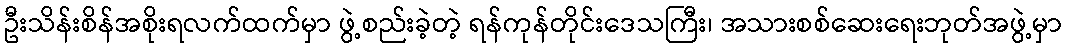
ဦးသိန်းစိန်အစိုးရလက်ထက်မှာ ဖွဲ့စည်းခဲ့တဲ့ ရန်ကုန်တိုင်းဒေသကြီး၊ အသားစစ်ဆေးရေးဘုတ်အဖွဲ့မှာ